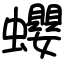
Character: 蠳